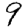
Digit: 9